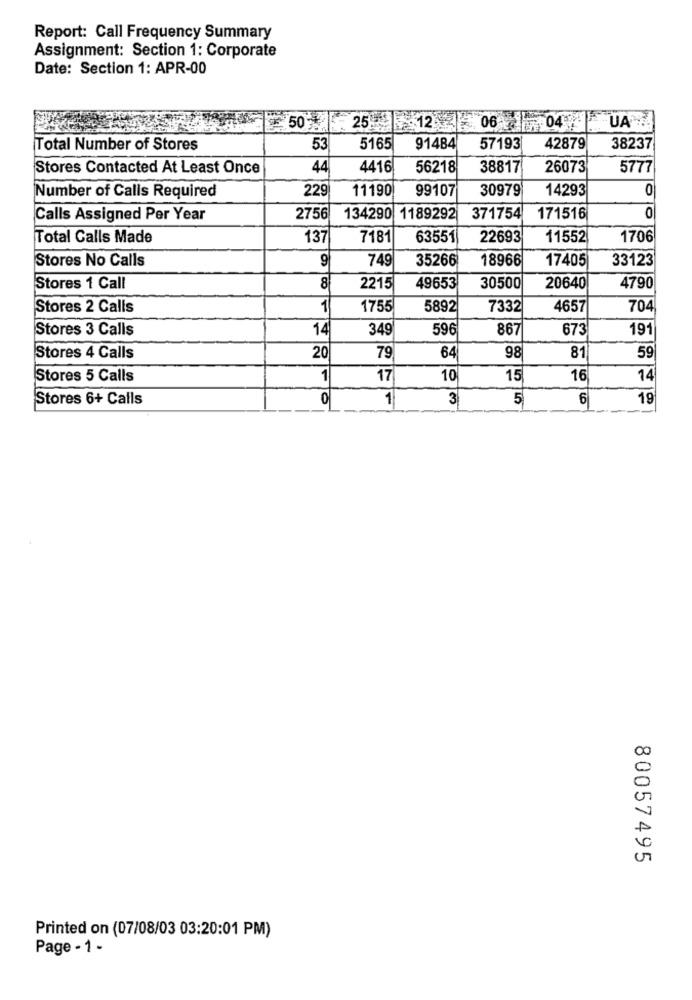
Report: Call Frequency Summary
Assignment: Section 1: Corporate
Date: Section 1: APR-00
UA
50 25 12 06 04
Total Number of Stores
53
5165
91484
57193
42879
38237
Stores Contacted At Least Once
44
4416
56218
38817
26073
5777
229
11190
99107
30979
14293
0
Number of Calls Required
Calls Assigned Per Year
2756
134290
1189292
371754
171516
0
Total Calls Made
137
7181
63551
22693
11552
1706
Stores No Calls
9
749
35266
33123
18966
17405
Stores 1 Call
8
2215
49653
30500
20640
4790
Stores 2 Calls
1
1755
5892
7332
4657
704
Stores 3 Calls
14
349
596
867
673
191
Stores 4 Calls
20
79
64
98
81
59
Stores 5 Calls
1
17
10
15
16
14
Stores 6+ Calls
0
1
3
5
6
19
80057495
Printed on (07/08/03 03:20:01 PM)
Page - 1 -